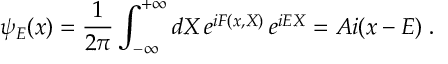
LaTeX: \psi _ { E } ( x ) = \frac { 1 } { 2 \pi } \int _ { - \infty } ^ { + \infty } d X \, e ^ { i F ( x , X ) } \, e ^ { i E X } = A i ( x - E ) \; .